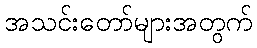
အသင်းတော်များအတွက်